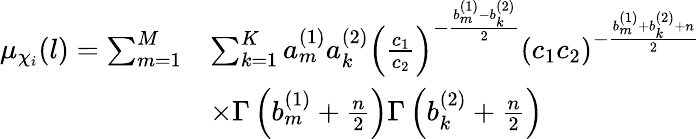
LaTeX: \begin{array}{rl}{\mu_{\chi_{i}}(l)=\sum_{m=1}^{M}}&{\sum_{k=1}^{K}a_{m}^{(1)}a_{k}^{(2)}\left(\frac{c_{1}}{c_{2}}\right)^{-\frac{b_{m}^{(1)}-b_{k}^{(2)}}{2}}\left(c_{1}c_{2}\right)^{-\frac{b_{m}^{(1)}+b_{k}^{(2)}+n}{2}}}\\ &{\times\Gamma\left(b_{m}^{(1)}+\frac{n}{2}\right)\Gamma\left(b_{k}^{(2)}+\frac{n}{2}\right)}\end{array}